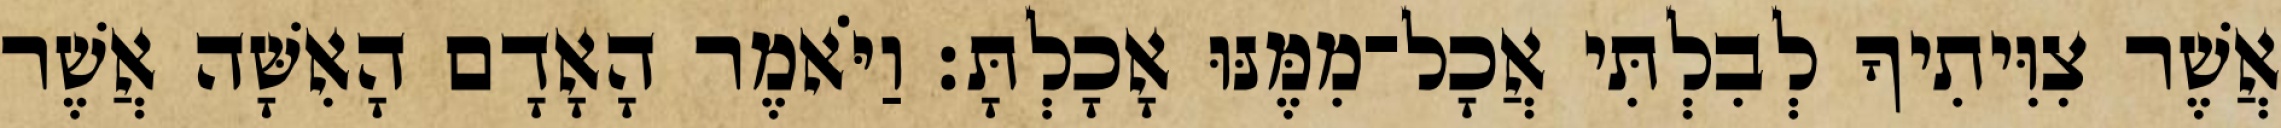
אֲשֶׁר צִוִּיתִיךָ לְבִלְתִּי אֲכָל־מִמֶּנּוּ אָכָלְתָּ׃ וַיֹּאמֶר הָאָדָם הָאִשָּׁה אֲשֶׁר